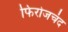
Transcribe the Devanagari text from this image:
फिरोजचंद